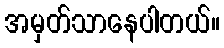
အမှတ်သာနေပါတယ်။